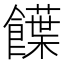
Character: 䭟